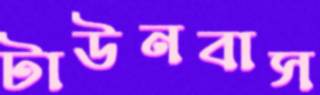
টাউনবাস